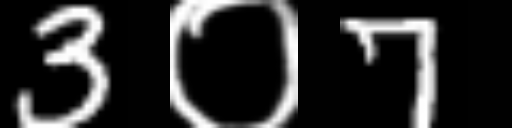
Text: 3०7